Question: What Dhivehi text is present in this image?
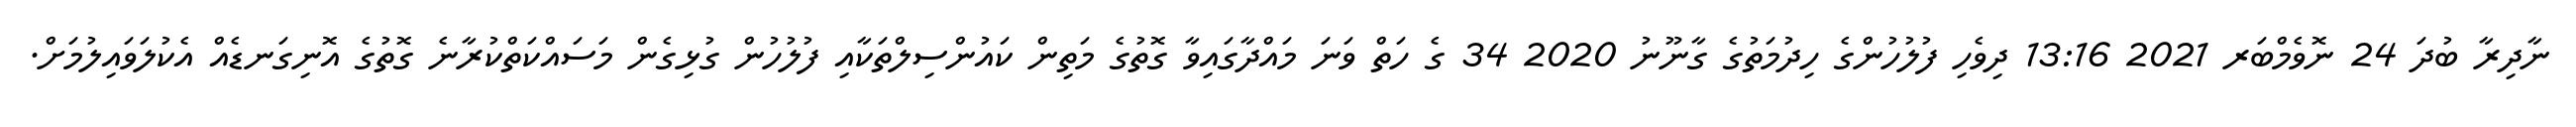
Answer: ނާދިރާ ބުދަ 24 ނޮވެމްބަރ 2021 13:16 ދިވެހި ފުލުހުންގެ ހިދުމަތުގެ ގާނޫނު 2020 34 ގެ ހަތް ވަނަ މައްދާގައިވާ ގޮތުގެ މަތިން ކައުންސިލްތަކާއި ފުލުހުން ގުޅިގެން މަސައްކަތްކުރާނެ ގޮތުގެ އޮނިގަނޑެއް އެކުލަވައިލުމަށް.